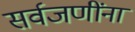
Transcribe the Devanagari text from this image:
सर्वजणींना